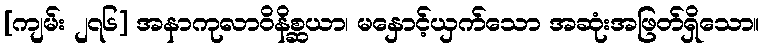
[ကျမ်း ၂၇၆] အနာကုလာဝိနိစ္ဆယာ၊ မနှောင့်ယှက်သော အဆုံးအဖြတ်ရှိသော။